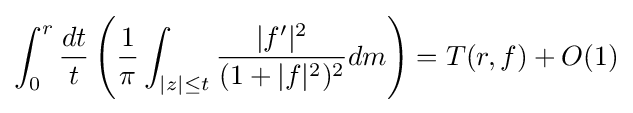
\int _{0}^{r}{\frac {dt}{t}}\left({\frac {1}{\pi }}\int _{|z|\leq t}{\frac {|f'|^{2}}{(1+|f|^{2})^{2}}}dm\right)=T(r,f)+O(1)